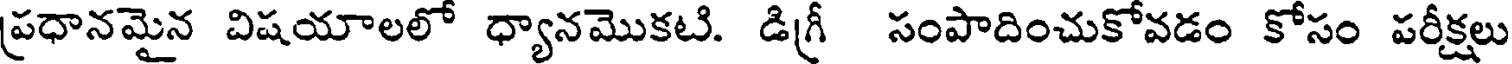
ప్రధానమైన విషయాలలో ధ్యానమొకటి. డిగ్రీ సంపాదించుకోవడం కోసం పరీక్షలు